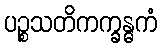
ပဉ္စသတိကက္ခန္ဓကံ